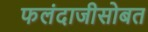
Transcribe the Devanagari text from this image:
फलंदाजीसोबत